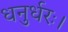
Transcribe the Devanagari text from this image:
धनुर्धरः।